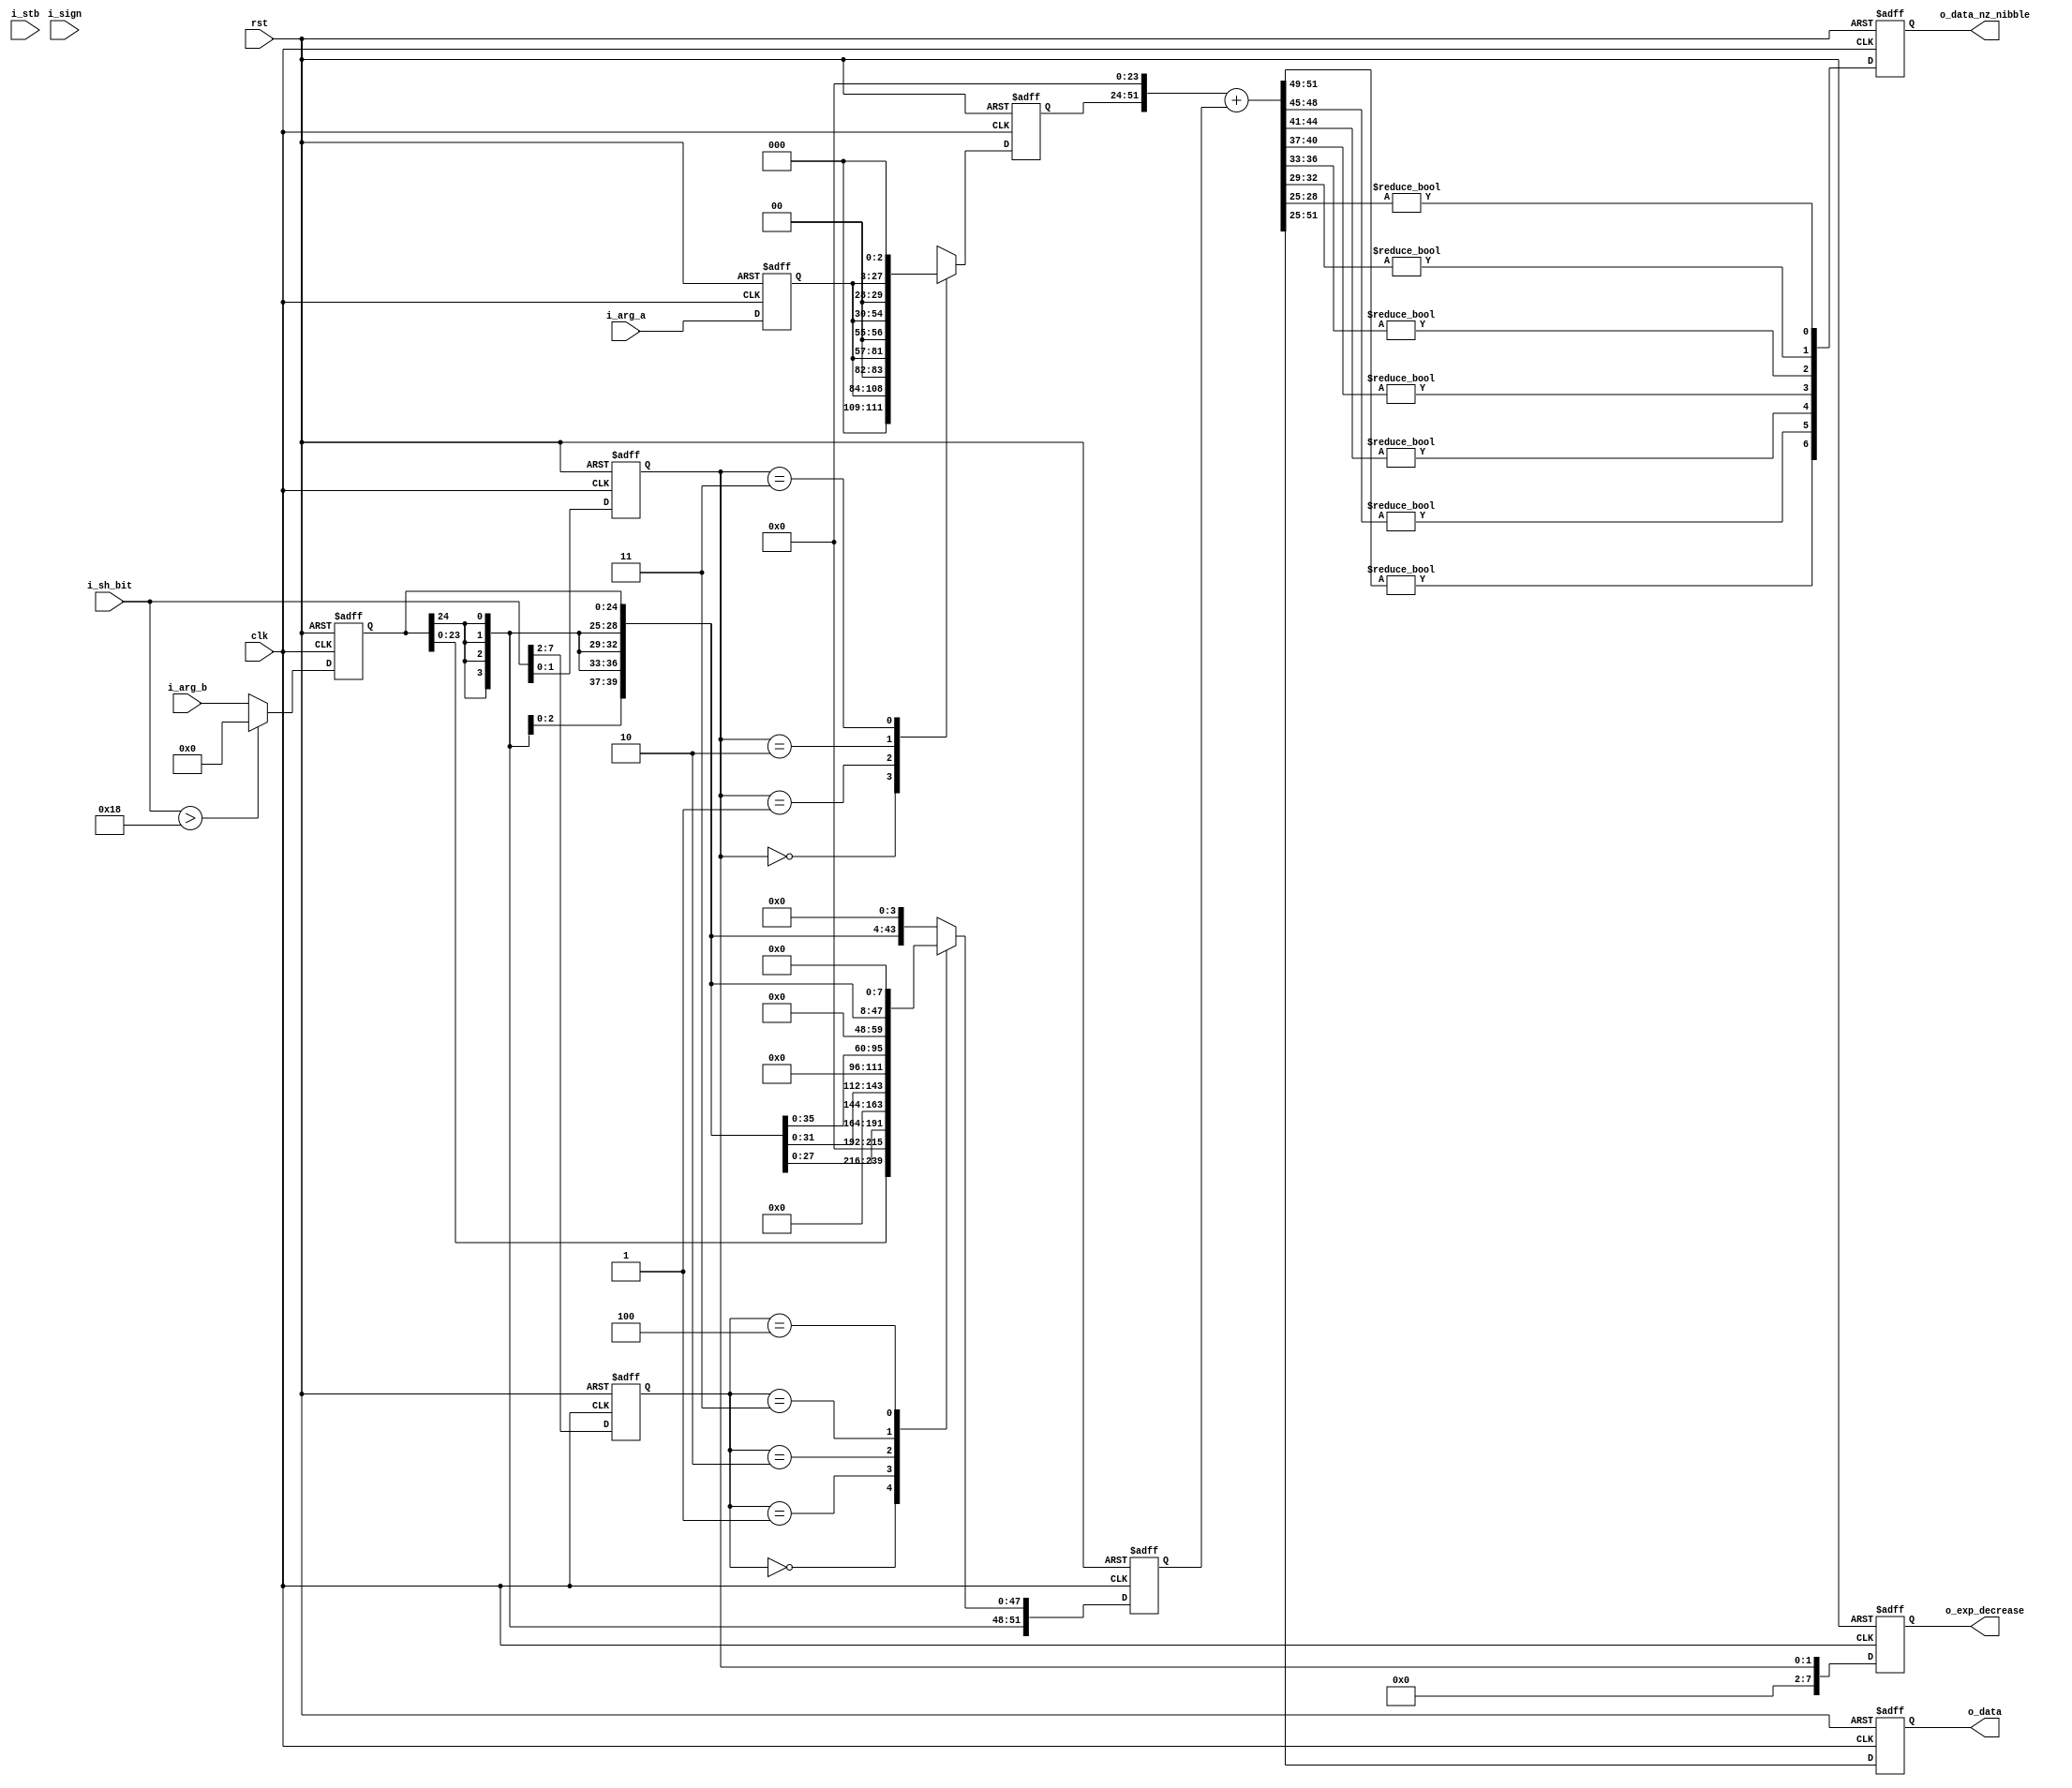
//==============================================================================================
//    Main contributors
//      - Adam Luczak         <mailto:adam.luczak@outlook.com>
//==============================================================================================
`default_nettype none
//----------------------------------------------------------------------------------------------
`timescale 1ns / 1ns                            
//==============================================================================================
module eco32_core_xpu_sh_add_bezDSP
(                                 
 input  wire         clk,
 input  wire         rst,
                                
 input  wire         i_stb,
 
 input  wire  [ 7:0] i_sh_bit,       
 input  wire  [24:0] i_arg_b,     
 input  wire  [24:0] i_arg_a, 
 input  wire         i_sign,  
 
 output wire  [ 7:0] o_exp_decrease,
                             
 output wire  [26:0] o_data,  
 output wire  [ 6:0] o_data_nz_nibble             
);        
//==============================================================================================
//  params
//==============================================================================================
parameter               FORCE_RST   =     0;                                                                                        
//==============================================================================================
// variables
//============================================================================================== 
reg     [ 1:0] s0_arg_a_lsh;       // how many 4 bits position left  shifts to do on arg a
reg     [ 5:0] s0_arg_b_rsh;       // how many 1 bits position right shifts to do on arg b      
reg     [24:0] s0_arg_a; 
reg     [24:0] s0_arg_b;    
//---------------------------------------------------------------------------------------------- 
 always@(posedge clk or posedge rst)
  if(rst)                       s0_arg_a_lsh        <=                                 2'h0;  
  else                          s0_arg_a_lsh        <=                        i_sh_bit[1:0];   
//---------------------------------------------------------------------------------------------- 
 always@(posedge clk or posedge rst)
  if(rst)                       s0_arg_b_rsh        <=                                 6'h0; 
  else                          s0_arg_b_rsh        <=                        i_sh_bit[7:2];  
//---------------------------------------------------------------------------------------------- 
 always@(posedge clk or posedge rst)
  if(rst)                       s0_arg_a            <=                                25'h0; 
  else                          s0_arg_a            <=                        i_arg_a[24:0]; 
//---------------------------------------------------------------------------------------------- 
 always@(posedge clk or posedge rst)
  if(rst)                       s0_arg_b            <=                                25'h0; 
  else if(i_sh_bit > 8'd24)     s0_arg_b            <=                                25'd0; // if exp difference is more than 24 than adding or subtracting should have no result 
  else                          s0_arg_b            <=                        i_arg_b[24:0];    
//==============================================================================================
// variables
//============================================================================================== 
reg     [ 7:0] s1_e_decrease;      // because of shift of arg a left decrease of exp may need to be done        
reg     [24+ 3     :0] s1_arg_a_ls;     // + 3 for zeros
reg     [24+ 3 + 24:0] s1_arg_b_rs;     // +24 for zeros and 3 for sign extention
//---------------------------------------------------------------------------------------------- 
 always@(posedge clk or posedge rst)
  if(rst)
    begin                                                                                       
      s1_arg_a_ls     <=                                                                 43'd0;
      s1_arg_b_rs     <=                                                                 34'd0;
      s1_e_decrease   <=                                                                  8'd0;
    end   
  else
    begin                                                                                           
      case(s0_arg_a_lsh)
      2'b00:     s1_arg_a_ls <=                                        { 3'd0, s0_arg_a       }; 
      2'b01:     s1_arg_a_ls <=                                        { 2'd0, s0_arg_a,  1'd0};
      2'b10:     s1_arg_a_ls <=                                        { 1'd0, s0_arg_a,  2'd0};
      2'b11:     s1_arg_a_ls <=                                        {       s0_arg_a,  3'd0}; 
      endcase   
      case(s0_arg_b_rsh)                                                                           
      6'b000000: s1_arg_b_rs <=                           {{ 3{s0_arg_b[24]}}, s0_arg_b, 24'd0}; 
      6'b000001: s1_arg_b_rs <=                           {{ 7{s0_arg_b[24]}}, s0_arg_b, 20'd0}; 
      6'b000010: s1_arg_b_rs <=                           {{11{s0_arg_b[24]}}, s0_arg_b, 16'd0}; 
      6'b000011: s1_arg_b_rs <=                           {{15{s0_arg_b[24]}}, s0_arg_b, 12'd0}; 
      6'b000100: s1_arg_b_rs <=                           {{19{s0_arg_b[24]}}, s0_arg_b,  8'd0}; 
      //6'b000101: s1_arg_b_rs <=                                          {20'd0, s0_arg_b,  4'd0}; 
      //default:   s1_arg_b_rs <=                                          {24'd0, s0_arg_b       }; //
      default:   s1_arg_b_rs <=                           {{23{s0_arg_b[24]}}, s0_arg_b,  4'd0}; // above two statements can be removed because for s0_arg_b_rsh>5 (shift > 23) s0_arg_b equals zero
      endcase                                                                                       
      s1_e_decrease          <=                                                    s0_arg_a_lsh;
    end                                                                                          
//==============================================================================================   
wire    [27+24:0] s2x_res_a;   
wire    [27+24:0] s2x_res_b;   
wire    [1-1+27+24:0] s2x_res; // 1 for result expansion, -1 because argument a is always positive
                               // and oldest bit will be zero, 27:0 for s1_arg_a_ls, 
                               // and 24 for  s1_arg_a_ls and s1_arg_b_rs    equalization  
reg     [26:0]    s2_res; // result must be on 24 bits (as mantysa has with no sign bit)plus 3 bits because shift on an A argument
wire    [ 6:0]    s2x_nz_nibble_pos;
reg     [ 6:0]    s2_nz_nibble_pos; 
//----------------------------------------------------------------------------------------------   
assign     s2x_res_a                    = {s1_arg_a_ls, 24'd0};     
assign     s2x_res_b                    =                        s1_arg_b_rs;    
assign     s2x_res                      = {s1_arg_a_ls, 24'd0} + s1_arg_b_rs;                                            
assign     s2x_nz_nibble_pos            = {s2x_res[51:49] != 3'd0,  // 
                                           s2x_res[48:45] != 4'd0,
                                           s2x_res[44:41] != 4'd0,
                                           s2x_res[40:37] != 4'd0,
                                           s2x_res[36:33] != 4'd0,
                                           s2x_res[32:29] != 4'd0,
                                           s2x_res[28:25] != 4'd0};  
//---------------------------------------------------------------------------------------------- 
always@(posedge clk or posedge rst)
 if(rst) s2_res      <=                                                                  27'd0;     
 else    s2_res      <=                                                          s2x_res[51:25];      
//----------------------------------------------------------------------------------------------
 always@(posedge clk or posedge rst)
  if(rst) s2_nz_nibble_pos      <=                                                         7'b0; 
  else    s2_nz_nibble_pos      <=                                            s2x_nz_nibble_pos; 
//==============================================================================================
// output
//==============================================================================================  
assign      o_exp_decrease      =                                                 s1_e_decrease;                                                          
//---------------------------------------------------------------------------------------------- 
assign      o_data              =                                                        s2_res; 
assign      o_data_nz_nibble    =                                              s2_nz_nibble_pos;     
//==============================================================================================
endmodule